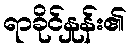
ရာခိုင်နှုန်း၏